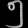
Digit: ၅